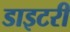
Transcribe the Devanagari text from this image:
डाइटरी